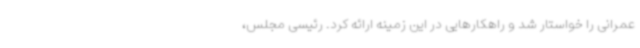
عمرانی را خواستار شد و راهکارهایی در این زمینه ارائه کرد. رئیسی مجلس،